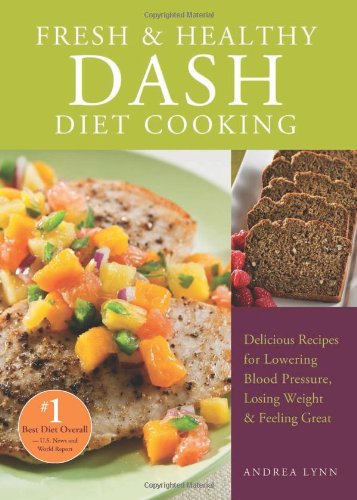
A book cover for Fresh and Healthy DASH Diet Cooking: 101 Delicious Recipes for Lowering Blood Pressure, Losing Weight and Feeling Great; Andrea Lynn; Cookbooks, Food & Wine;